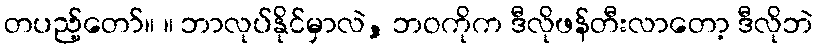
တပည့်တော်။ ။ ဘာလုပ်နိုင်မှာလဲ, ဘဝကိုက ဒီလိုဖန်တီးလာတော့ ဒီလိုဘဲ